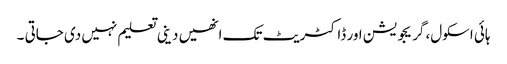
ہائی اسکول، گریجویشن اور ڈاکٹریٹ تک انھیں دینی تعلیم نہیں دی جاتی ۔